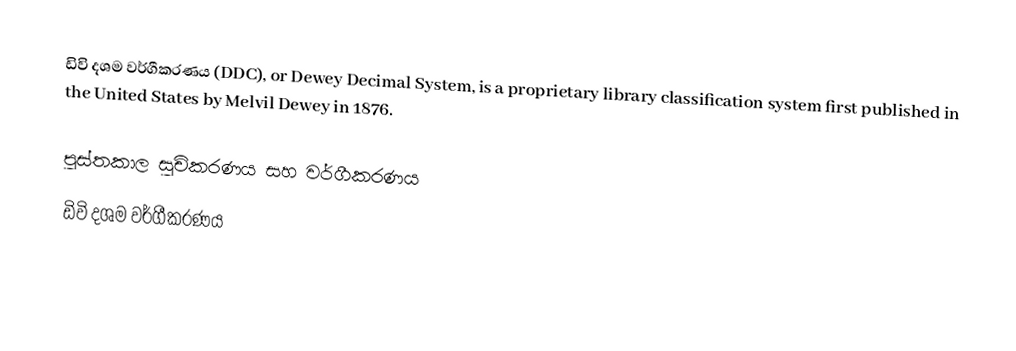
ඩිවි දශම වර්ගීකරණය (DDC), or Dewey Decimal System, is a proprietary library classification system first published in the United States by Melvil Dewey in 1876.

පුස්තකාල සුචිකරණය සහ වර්ගීකරණය
ඩිවි දශම වර්ගීකරණය